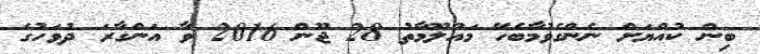
ބިން ކުއްޔަށް ނެންގެވުމާބެހޭ މައުލޫމާތު 28 ޖޫން 2016 ވާ އަންގާރަ ދުވަހުގެ